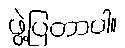
ဖွဲ့ပြတာပါ။